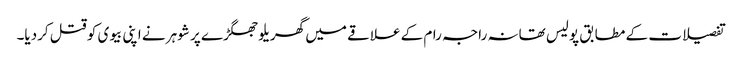
تفصیلات کے مطابق پولیس تھانہ راجہ رام کے علاقے میں گھریلو جھگڑے پر شوہر نے اپنی بیوی کو قتل کردیا۔